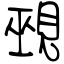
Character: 覡